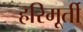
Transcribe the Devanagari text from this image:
हरिमूर्ती